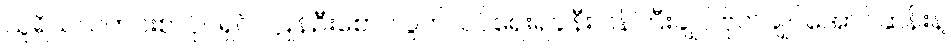
သူရိယသတင်းစာပိုင်ရှင် ဂဠုန်ဦးစော၊ လွတ်လပ်ရေးရခါနီး ဝန်ကြီးချုပ် ဗိုလ်ချုပ်အောင်ဆန်းနဲ့